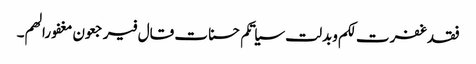
فقد غفرت لکم وبدلت سیاتکم حسنات قال فیرجعون مغفورا لھم۔